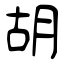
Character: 胡